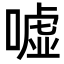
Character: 嘘